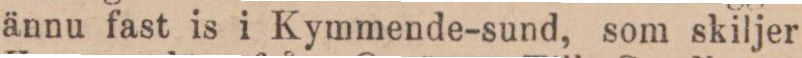
ännu fast is i Kymmende-sund, som skiljer